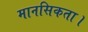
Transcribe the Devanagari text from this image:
मानसिकता।